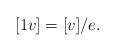
LaTeX: \begin{align*}[1v] = [v] / e.\end{align*}